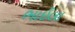
ભાઈલા